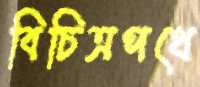
বিচিত্রপথে